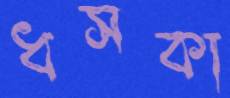
ধসকা